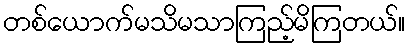
တစ်ယောက်မသိမသာကြည့်မိကြတယ်။